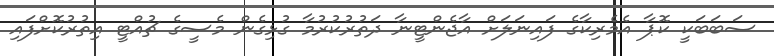
ސަބަބަކީ ކޮޕާ އެމެރިކާގެ ފައިނަލަށް އާޖެންޓީނާ ދަތުރުކުރުމާ ގުޅިގެން މެސީގެ ޗުއްޓީ އިތުރުކޮށްފައި